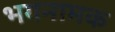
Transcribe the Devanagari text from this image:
भगनामक